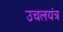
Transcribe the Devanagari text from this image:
उचलयंत्र